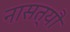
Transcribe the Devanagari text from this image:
नासत्यौ